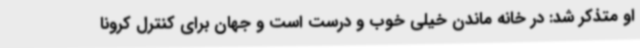
او متذکر شد: در خانه ماندن خیلی خوب و درست است و جهان برای کنترل کرونا